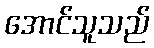
အောင်သူသည်